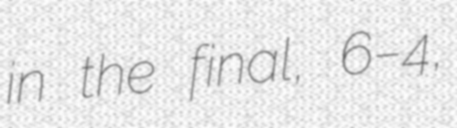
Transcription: in the final, 6–4,